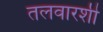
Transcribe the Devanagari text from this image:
तलवारशी